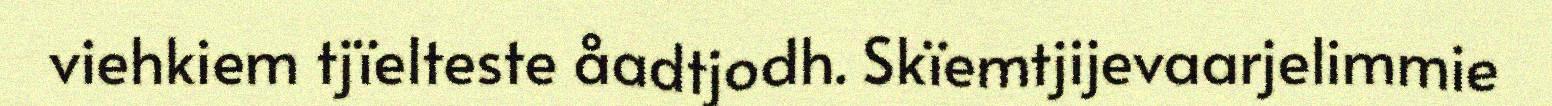
viehkiem tjïelteste åadtjodh. Skïemtjijevaarjelimmie